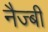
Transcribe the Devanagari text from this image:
नैज्बी